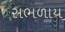
સભળાય